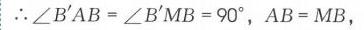
\(\therefore \angle B'AB=\angle B'MB = 90^{\circ}\)，\(AB = MB\)，